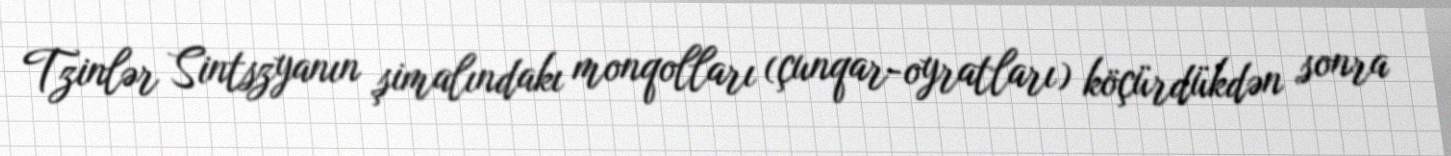
Tzinlər Sintszyanın şimalındakı monqolları (çunqar-oyratları) köçürdükdən sonra